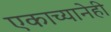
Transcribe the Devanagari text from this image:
एकाच्यानेही